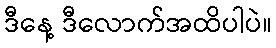
ဒီနေ့ ဒီလောက်အထိပါပဲ။